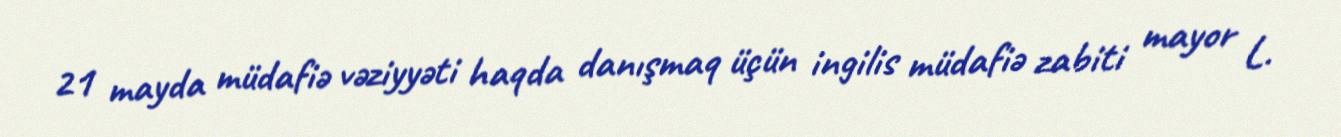
21 mayda müdafiə vəziyyəti haqda danışmaq üçün ingilis müdafiə zabiti mayor L.